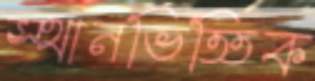
স্থানভিত্তিক